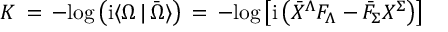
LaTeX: { \cal K } \, = \, - \mathrm { l o g } \left( \mathrm { i } \langle \Omega \, \vert \, \bar { \Omega } \rangle \right) \, = \, - \mathrm { l o g } \left[ \mathrm { i } \left( { \bar { X } } ^ { \Lambda } F _ { \Lambda } - { \bar { F } } _ { \Sigma } X ^ { \Sigma } \right) \right]